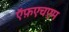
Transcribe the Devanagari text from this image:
ऍफ़एचएम